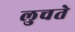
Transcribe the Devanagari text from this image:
लुचते